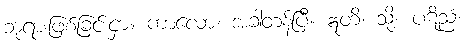
ဘုရားဖြစ်ခြင်းငှာ။ ကာလော၊ အခါတန်ပြီ။ ဣတိ၊ သို့။ ပဋိညံ၊